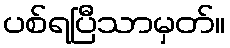
ပစ်ရပြီသာမှတ်။